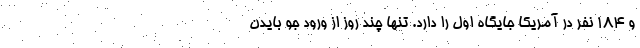
و ۱۸۴ نفر در آمریکا جایگاه اول را دارد. تنها چند روز از ورود جو بایدن